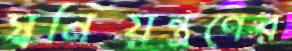
স্বনিয়ন্ত্রণের